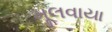
મૂલવાયા